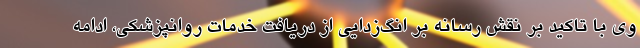
وی با تاکید بر نقش رسانه بر انگ‌زدایی از دریافت خدمات روانپزشکی، ادامه